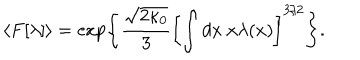
\langle F [ \lambda ] \rangle = \exp \left\{ \frac { \sqrt { 2 \kappa _ { 0 } } } { 3 } \left[ \int d x ~ x \lambda ( x ) \right] ^ { 3 / 2 } \right\} .